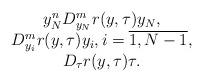
LaTeX: \begin{align*}\begin{array}[c]{c}y_{N}^{n}D_{y_{N}}^{m}r(y,\tau)y_{N},\\D_{y_{i}}^{m}r(y,\tau)y_{i},i=\overline{1,N-1},\\D_{\tau}r(y,\tau)\tau.\end{array}\end{align*}